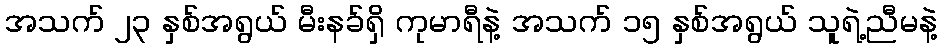
အသက် ၂၃ နှစ်အရွယ် မီးနခ်ရှိ ကုမာရီနဲ့ အသက် ၁၅ နှစ်အရွယ် သူရဲ့ညီမနဲ့